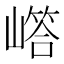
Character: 𡼪